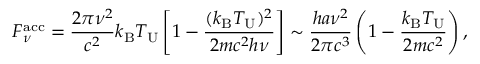
F _ { \nu } ^ { \mathrm { a c c } } = \frac { 2 \pi \nu ^ { 2 } } { c ^ { 2 } } k _ { \mathrm { B } } T _ { \mathrm { U } } \left[ 1 - \frac { ( k _ { \mathrm { B } } T _ { \mathrm { U } } ) ^ { 2 } } { 2 m c ^ { 2 } h \nu } \right] \sim \frac { h a \nu ^ { 2 } } { 2 \pi c ^ { 3 } } \left( 1 - \frac { k _ { \mathrm { B } } T _ { \mathrm { U } } } { 2 m c ^ { 2 } } \right) ,